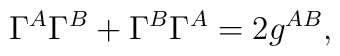
\Gamma ^A\Gamma ^B+\Gamma ^B\Gamma ^A=2g^{AB},